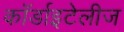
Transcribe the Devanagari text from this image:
कॉर्डाइटेलीज